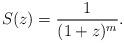
LaTeX: \begin{align*} S(z)=\frac1{(1+z)^m}. \end{align*}